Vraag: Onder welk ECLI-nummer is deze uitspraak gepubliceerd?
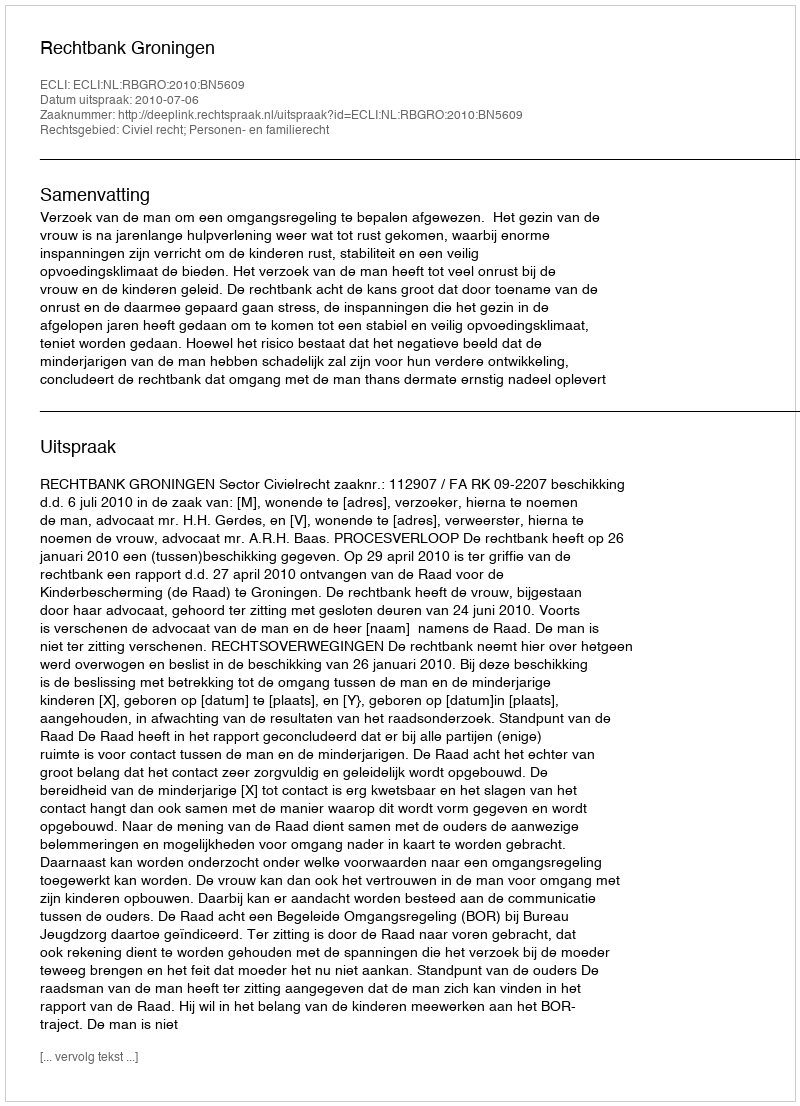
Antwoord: ECLI:NL:RBGRO:2010:BN5609